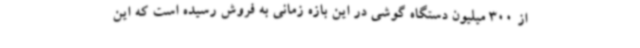
از 300 میلیون دستگاه گوشی در این بازه زمانی به فروش رسیده است که این